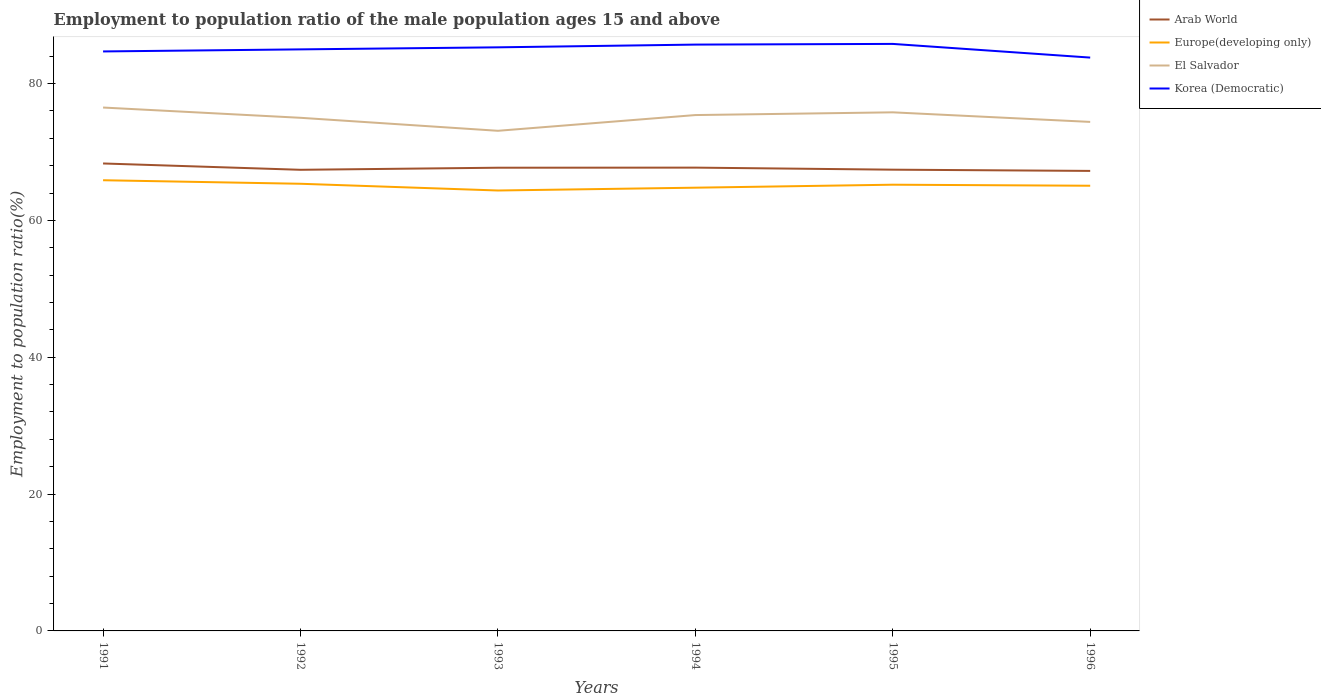
| Years | Arab World | Europe(developing only) | El Salvador | Korea (Democratic) |
 | --- | --- | --- | --- | --- |
 | 1991 | 68.3 | 65.9 | 76.5 | 84.7 |
 | 1992 | 67.4 | 65.4 | 75 | 85 |
 | 1993 | 67.7 | 64.4 | 73.1 | 85.3 |
 | 1994 | 67.7 | 64.8 | 75.4 | 85.7 |
 | 1995 | 67.4 | 65.2 | 75.8 | 85.8 |
 | 1996 | 67.2 | 65.1 | 74.4 | 83.8 |